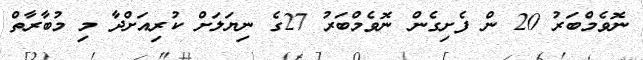
ނޮވެމްބަރު 20 ން ފެށިގެން ނޮވެމްބަރު 27ގެ ނިޔަލަށް ކުރިއަށްދާ މި މުބާރާތް